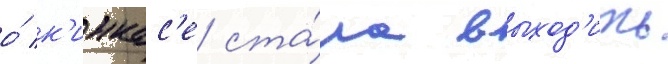
о́ к'инкас'е ста́ла выход'ить